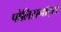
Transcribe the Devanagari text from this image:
पोलिसनॉट्स